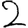
Digit: 2